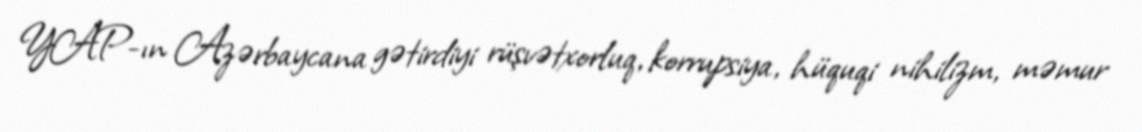
YAP-ın Azərbaycana gətirdiyi rüşvətxorluq, korrupsiya, hüquqi nihilizm, məmur